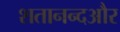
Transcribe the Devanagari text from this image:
शतानन्दऔर